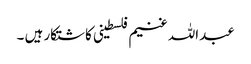
عبداللہ غنیم فلسطینی کاشتکار ہیں ۔